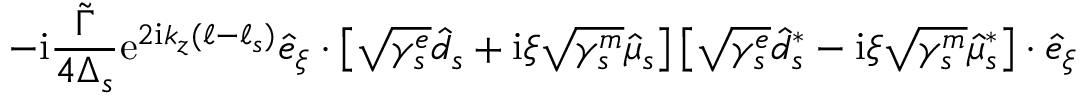
- \mathrm { i } \frac { \widetilde \Gamma } { 4 \Delta _ { s } } \mathrm { e } ^ { 2 \mathrm { i } k _ { z } ( \ell - \ell _ { s } ) } \hat { e } _ { \xi } \cdot \left[ \sqrt { \gamma _ { s } ^ { e } } \hat { d } _ { s } + \mathrm { i } \xi \sqrt { \gamma _ { s } ^ { m } } \hat { \mu } _ { s } \right] \left[ \sqrt { \gamma _ { s } ^ { e } } \hat { d } _ { s } ^ { * } - \mathrm { i } \xi \sqrt { \gamma _ { s } ^ { m } } \hat { \mu } _ { s } ^ { * } \right] \cdot \hat { e } _ { \xi }